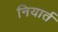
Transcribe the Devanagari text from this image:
नियार्त